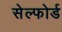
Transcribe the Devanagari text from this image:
सेल्फोर्ड